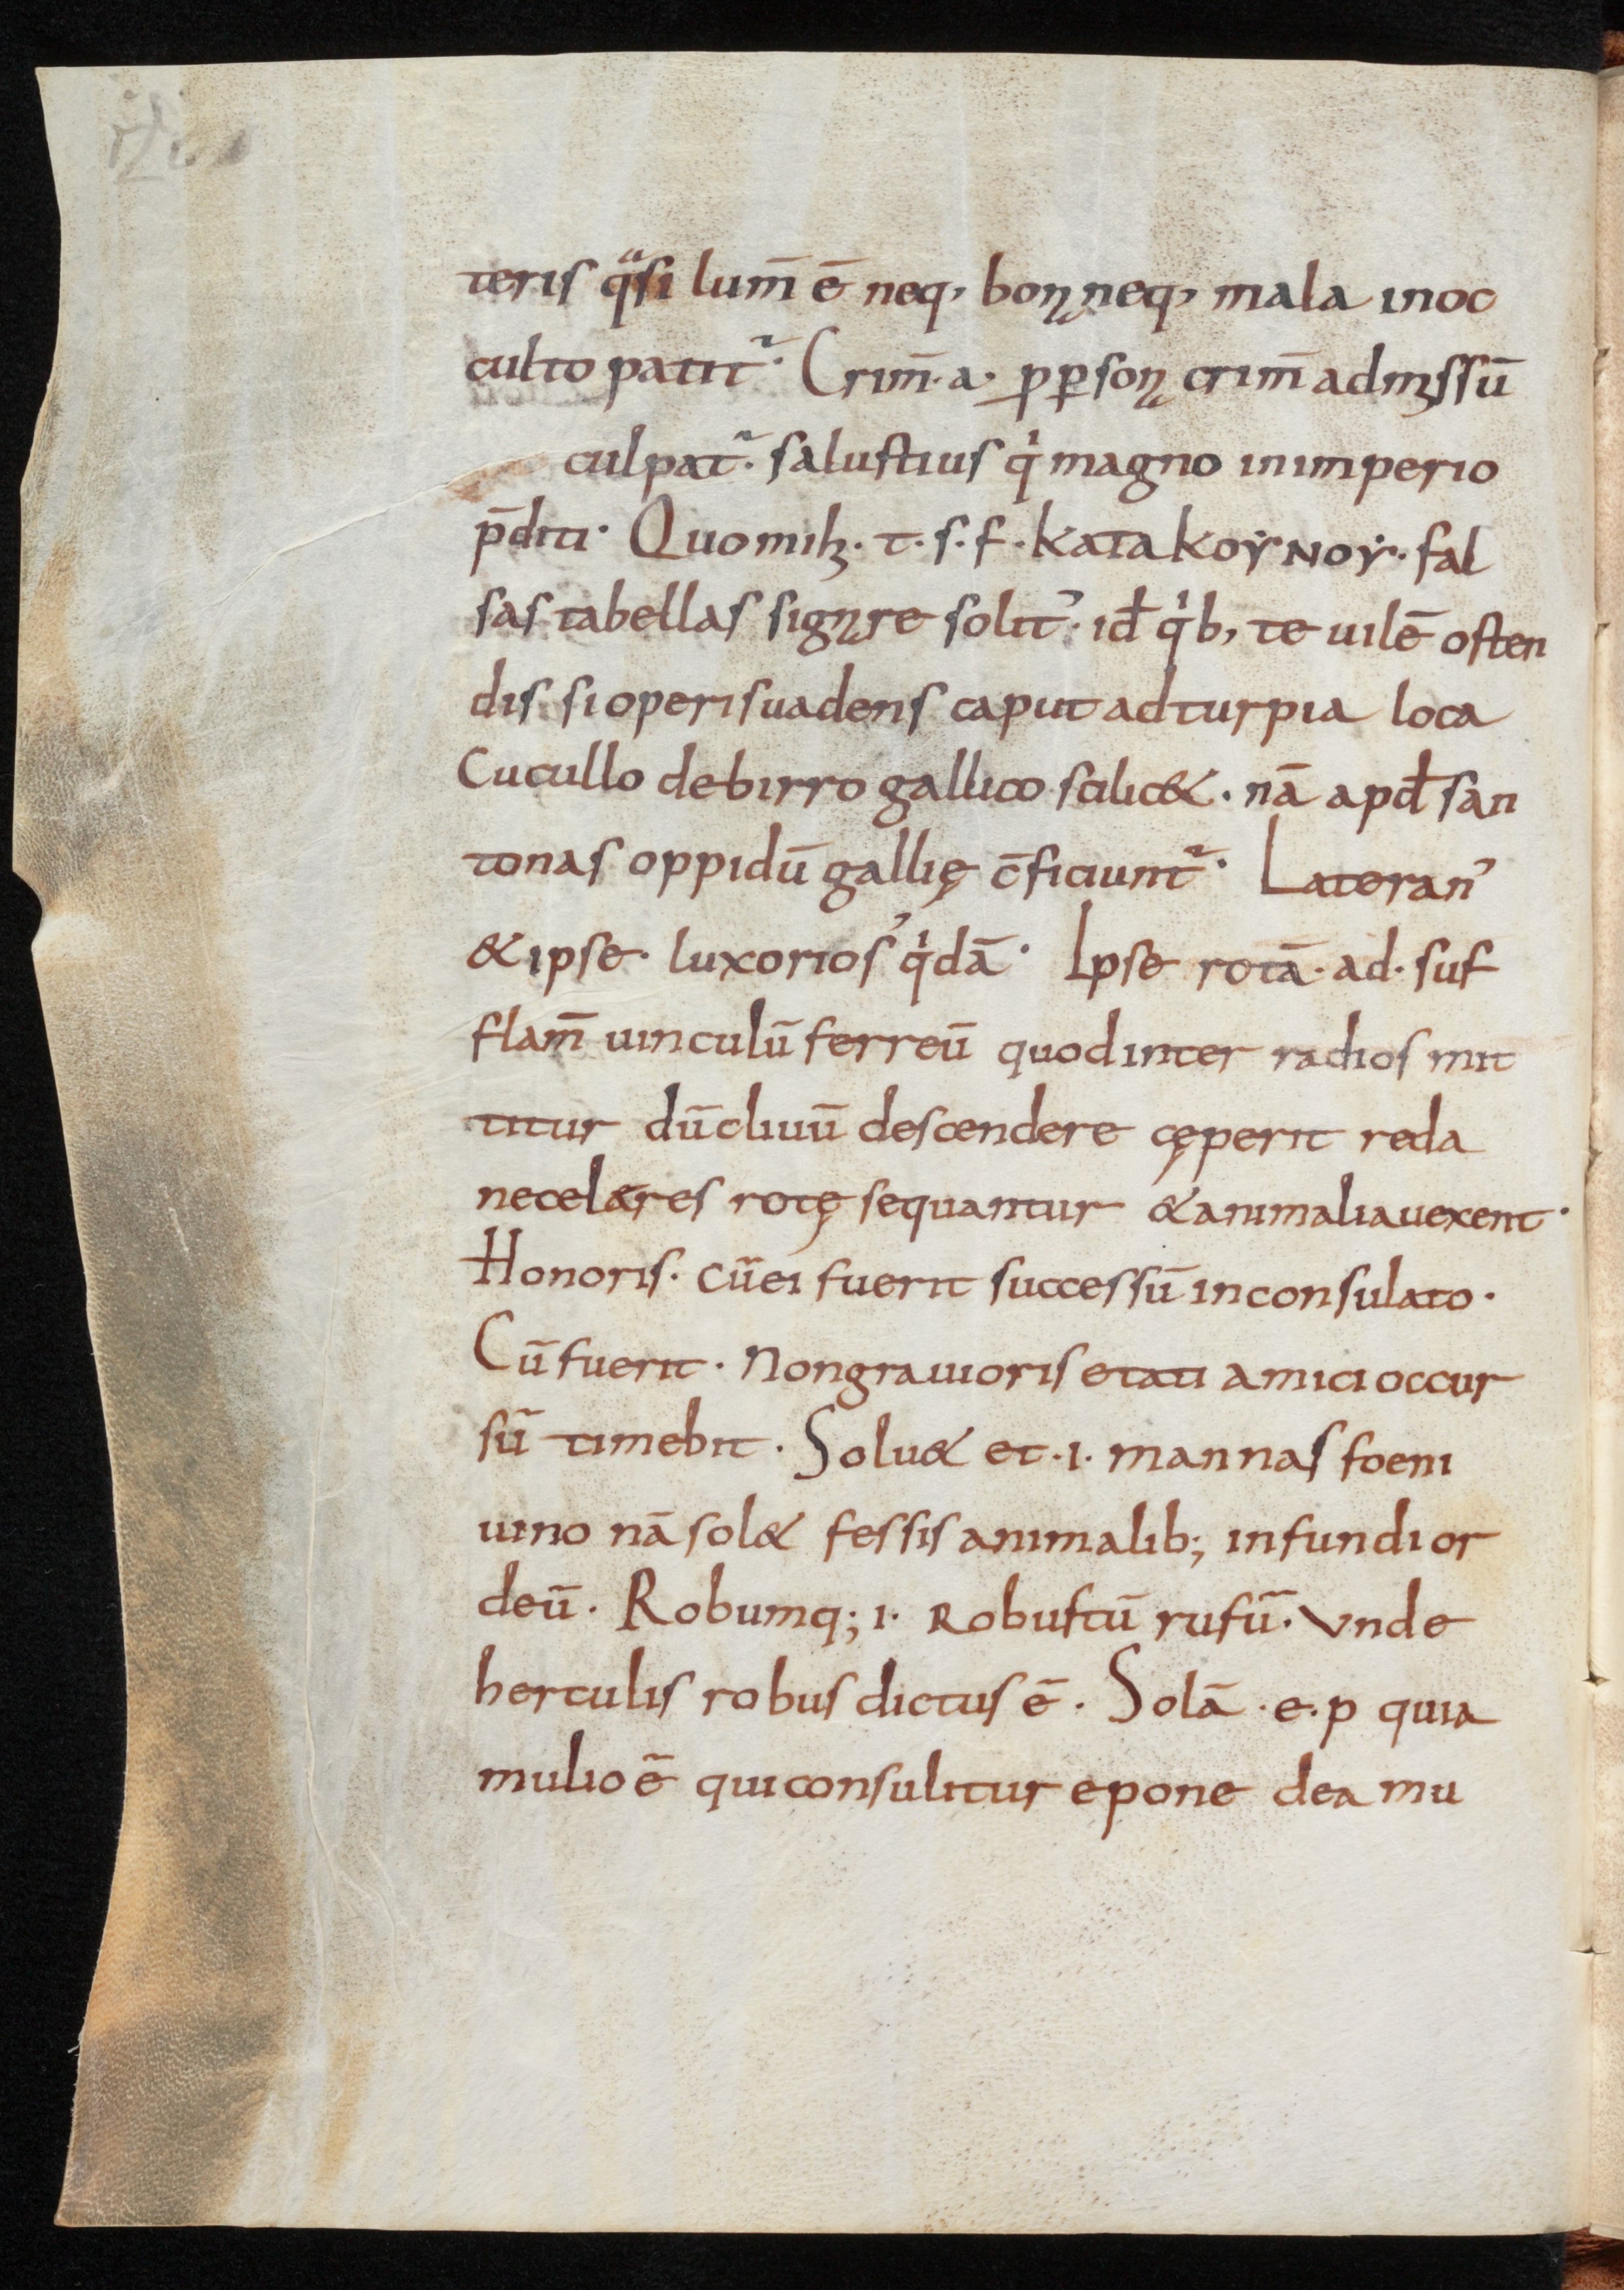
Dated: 800–899